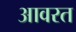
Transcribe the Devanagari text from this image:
आवरत